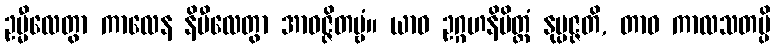
ဥမ္မီလေတွာ ကာလေန နိမီလေတွာ အာဝဇ္ဇိတဗ္ဗံ။ ယာဝ ဥဂ္ဂဟနိမိတ္တံ နုပ္ပဇ္ဇတိ, တာဝ ကာလသတမ္ပိ